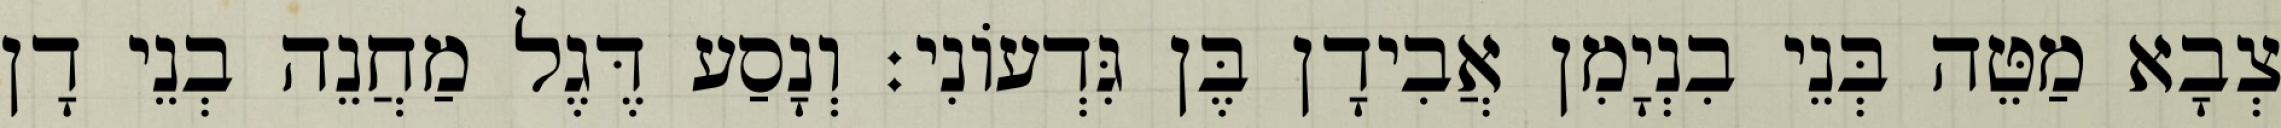
צְבָא מַטֵּה בְּנֵי בִנְיָמִן אֲבִידָן בֶּן גִּדְעוֹנִי׃ וְנָסַע דֶּגֶל מַחֲנֵה בְנֵי דָן